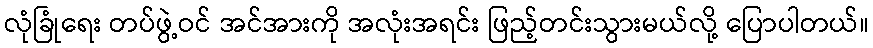
လုံခြုံရေး တပ်ဖွဲ့ဝင် အင်အားကို အလုံးအရင်း ဖြည့်တင်းသွားမယ်လို့ ပြောပါတယ်။